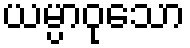
ယမ္ပာဝုသော